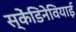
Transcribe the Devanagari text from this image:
स्केंडिनेवियाई